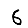
Digit: 6